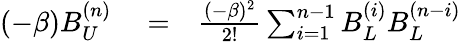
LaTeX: \begin{array}{rlr}{(-\beta)B_{U}^{(n)}}&{{}=}&{\frac{(-\beta)^{2}}{2!}\sum_{i=1}^{n-1}B_{L}^{(i)}B_{L}^{(n-i)}}\end{array}